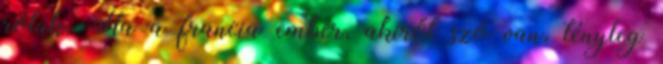
róluk. Ha a francia ember, akiről szó van, tényleg